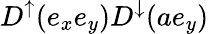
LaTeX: D^{\uparrow}(e_{x}e_{y})D^{\downarrow}(ae_{y})